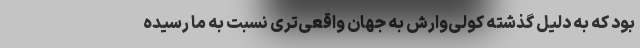
بود که به دلیل گذشته کولی‌وارش به جهان واقعی‌تری نسبت به ما رسیده